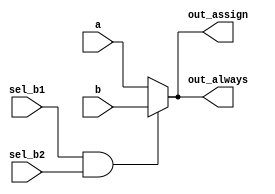
// synthesis verilog_input_version verilog_2001
// systemverilog-only syntax does not synthesize because of above line, so
// may need to waive lint errors
module top_module (
    input a,
    input b,
    input sel_b1,
    input sel_b2,
    output wire out_assign,
    output reg out_always
);

  assign out_assign = (sel_b1 & sel_b2) ? b : a;

  // verilog_lint: waive always-comb
  always @(*) begin
    if (sel_b1 & sel_b2) begin
      out_always = b;
    end else begin
      out_always = a;
    end
  end

endmodule